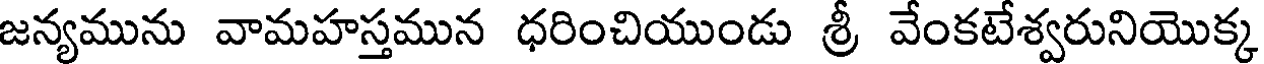
జన్యమును వామహస్తమున ధరించియుండు శ్రీ వేంకటేశ్వరునియొక్క